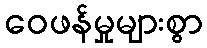
ဝေဖန်မှုများစွာ